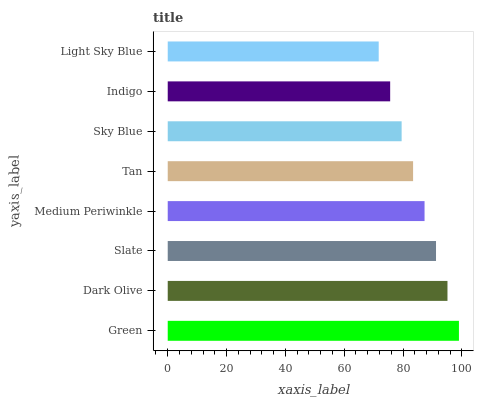
| yaxis_label | bars |
 | --- | --- |
 | Green | 99 |
 | Dark Olive | 95.1 |
 | Slate | 91.2 |
 | Medium Periwinkle | 87.3 |
 | Tan | 83.4 |
 | Sky Blue | 79.5 |
 | Indigo | 75.6 |
 | Light Sky Blue | 71.7 |